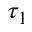
\tau _ { 1 }